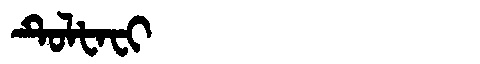
Manchu: ᡨᡠᠯᡶᠠᠸᡳ
Romanization: TULFAFI